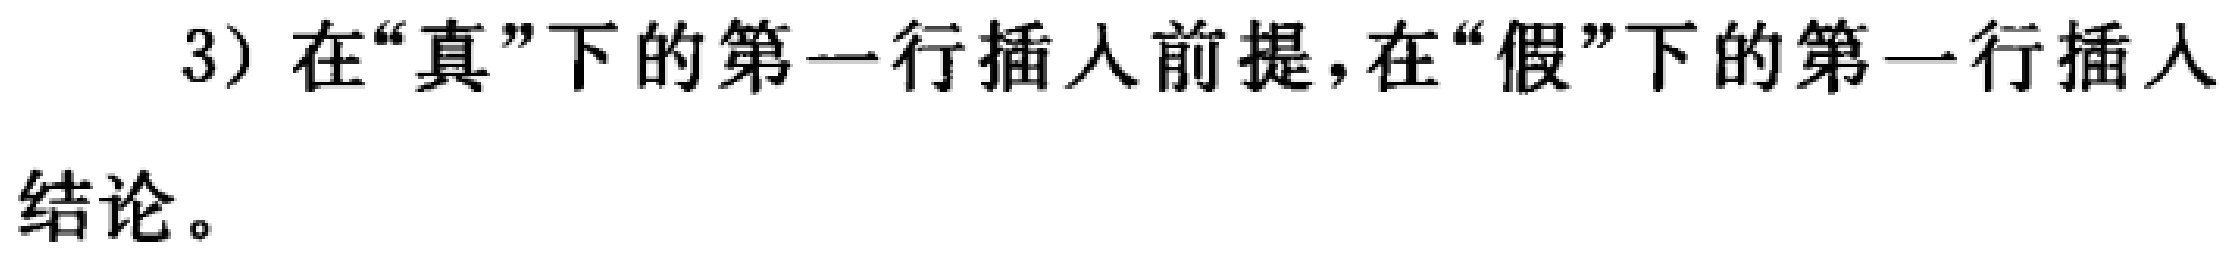
3) 在“真”下的第一行插入前提，在“假”下的第一行插入结论。